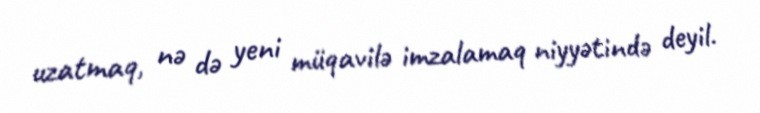
uzatmaq, nə də yeni müqavilə imzalamaq niyyətində deyil.